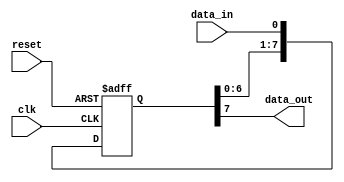
module siso_shift_register (
    input clk,           // Clock input
    input reset,         // Reset input
    input data_in,       // Data input
    output reg data_out  // Data output
);

reg [7:0] register = 8'b00000000;  // 8-bit shift register

// Sequential logic for shifting data through the register
always @(posedge clk or posedge reset)
begin
    if (reset)
        register <= 8'b00000000;
    else 
    begin
        register <= {register[6:0], data_in};  // Shift data input into register
    end
end

// Combintional logic for data output
always @*
begin
    data_out = register[7];  // Output the oldest bit in the register
end

endmodule